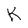
Character: K